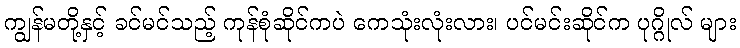
ကျွန်မတို့နှင့် ခင်မင်သည့် ကုန်စုံဆိုင်ကပဲ ကေသုံးလုံးလား၊ ပင်မင်းဆိုင်က ပုဂ္ဂိုလ် များ